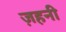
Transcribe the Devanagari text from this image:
ज़हनी